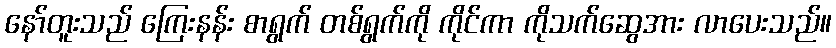
နော်တူးသည် ကြေးနန်း စာရွက် တစ်ရွက်ကို ကိုင်ကာ ကိုသက်ဆွေအား လာပေးသည်။